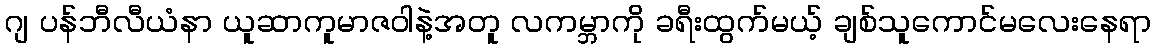
ဂျ ပန်ဘီလီယံနာ ယူဆာကူမာဇဝါနဲ့အတူ လကမ္ဘာကို ခရီးထွက်မယ့် ချစ်သူကောင်မလေးနေရာ